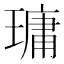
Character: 𤨭